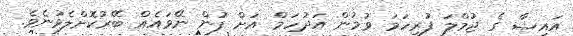
އައިޝާ ގެ ޖުމްލަ ފުރިހަމަ ވުމުން އަދުހަމް އަށް ފުން ނޭވައެއް ބޭރުކޮށްލެވުނެވެ.